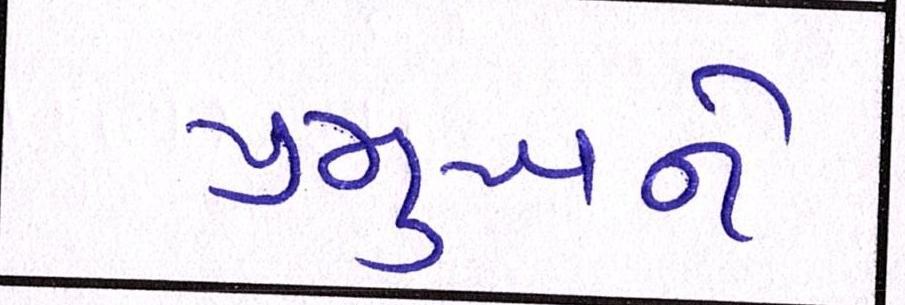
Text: પ્રમુખને